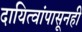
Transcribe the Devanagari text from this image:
दायित्वांपासूनही